Indian journal of veterinary science and animal husbandry - Volume 10,
Year: 1940
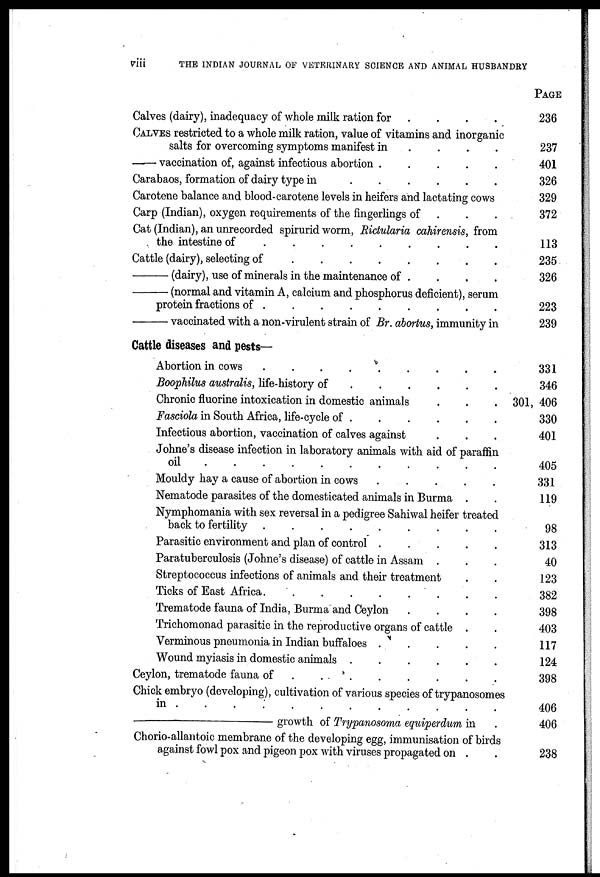
viii
THE INDIAN JOURNAL OF VETERINARY SCIENCE AND ANIMAL HUSBANDRY
Calves (dairy), inadequacy of whole milk ration for . . . .
CALVES restricted to a whole milk ration, value of vitamins and inorganic
salts for overcoming symptoms manifest in . .
.
.
—— vaccination of, against infectious abortion . . . .
Carabaos, formation of dairy type in . . . . . . . .
Carotene balance and blood-carotene levels in heifers and lactating cows
Carp (Indian), oxygen requirements of the fingerlings of . . .
Cat (Indian), an unrecorded spirurid worm, Ridularia cahirensis, from
the intestine of
.
.
.
.
.
.
.
.
Cattle (dairy), selecting of
.
.
.
.
.
.
.
.
—(dairy),
use of minerals in the maintenance of .
.
.
.
—(normal
and vitamin A, calcium and phosphorus deficient), serum
protein fractions of .
.
.
.
.
.
.
.
.
—vaccinated
with a non-virulent strain of Br. abortus, immunity in
Cattle diseases and pests—
Abortion in cows
.
.
.
.
.
.
.
.
Boophilus australis, life-history of . . . . . . . .
Chronic fluorine intoxication in domestic animals . . .
Fasciola in South Africa, life-cycle of . . . . . . . .
Infectious abortion, vaccination of calves against . . .
Johne's disease infection in laboratory animals with aid of paraffin
oil
.
.
.
.
.
.
.
.
Mouldy hay a cause of abortion in cows
.
.
.
.
.
Nematode parasites of the domesticated animals in Burma . .
Nymphomania with sex reversal in a pedigree Sahiwal heifer treated
back to fertility .
.
.
.
.
.
.
.
.
Parasitic environment and plan of control .
.
.
.
.
Paratuberculosis (Johne's disease) of cattle in Assam . . .
Streptococcus infections of animals and their treatment . .
Ticks of East Africa
.
.
.
.
.
.
.
.
Trematode fauna of India, Burma and Ceylon .
.
.
.
Trichomonad parasitic in the reproductive organs of cattle . .
Verminous pneumonia in Indian buffaloes . . . . . . . .
Wound myiasis in domestic animals . . . . . . . .
Ceylon, trematode fauna of
.
.
.
.
.
.
.
.
Chick embryo (developing), cultivation of various species of trypanosomes
in .
.
.
.
.
.
.
.
.
.
.
—growth
of Trypanosoma equiperdum in
Chorio-allantoic membrane of the developing egg, immunisation of birds
against fowl pox and pigeon pox with viruses propagated on . .
PAGE
236
237
401
326
329
372
113
235
326
223
239
331
346
301, 406
330
401
405
331
119
98
313
40
123
382
398
403
117
124
398
406
406
238